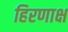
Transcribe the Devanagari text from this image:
हिरणाक्ष